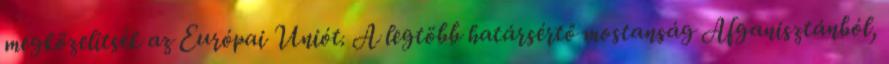
megközelítsék az Európai Uniót. A legtöbb határsértő mostanság Afganisztánból,